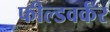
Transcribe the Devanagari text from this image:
फील्डवर्कर